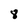
Character: 8